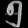
Digit: ၅